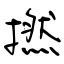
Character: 撚